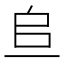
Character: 𫠨